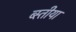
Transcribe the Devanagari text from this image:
ब्स्तीया